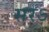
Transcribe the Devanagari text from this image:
सरऽ